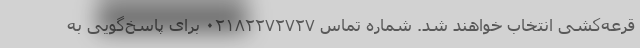
قرعه‌کشی انتخاب خواهند شد. شماره تماس ۰۲۱۸۲۲۷۲۷۲۷ برای پاسخ‌گویی به